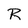
Character: R